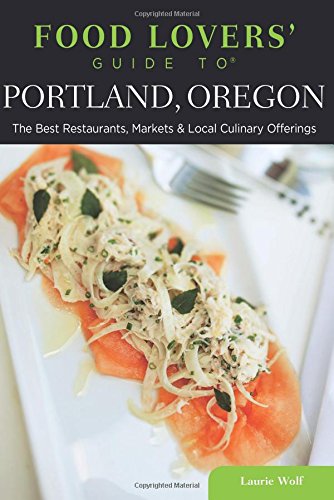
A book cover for Food Lovers' Guide toÂ® Portland, Oregon: The Best Restaurants, Markets & Local Culinary Offerings (Food Lovers' Series); Laurie Wolf; Travel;